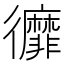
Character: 𢖥